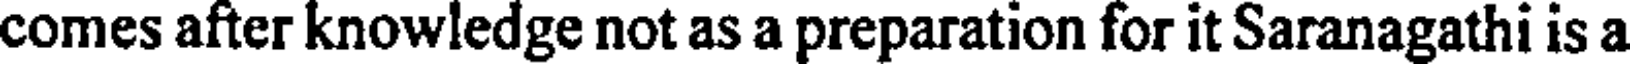
comes after knowledge not as a preparation for it Saranagathi is a